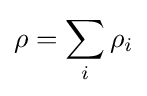
\rho =\sum _{i}\rho _{i}